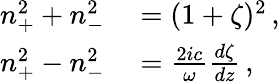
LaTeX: \begin{array}{rl}{n_{+}^{2}+n_{-}^{2}}&{{}=(1+\zeta)^{2}\, ,}\\ {n_{+}^{2}-n_{-}^{2}}&{{}=\frac{2ic}{\omega}\frac{d\zeta}{dz}\, ,}\end{array}